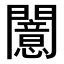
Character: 𫔪